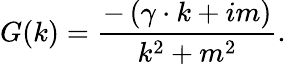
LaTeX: G(k)=\frac{-\left(\gamma\cdot k+im\right)}{k^{2}+m^{2}}.